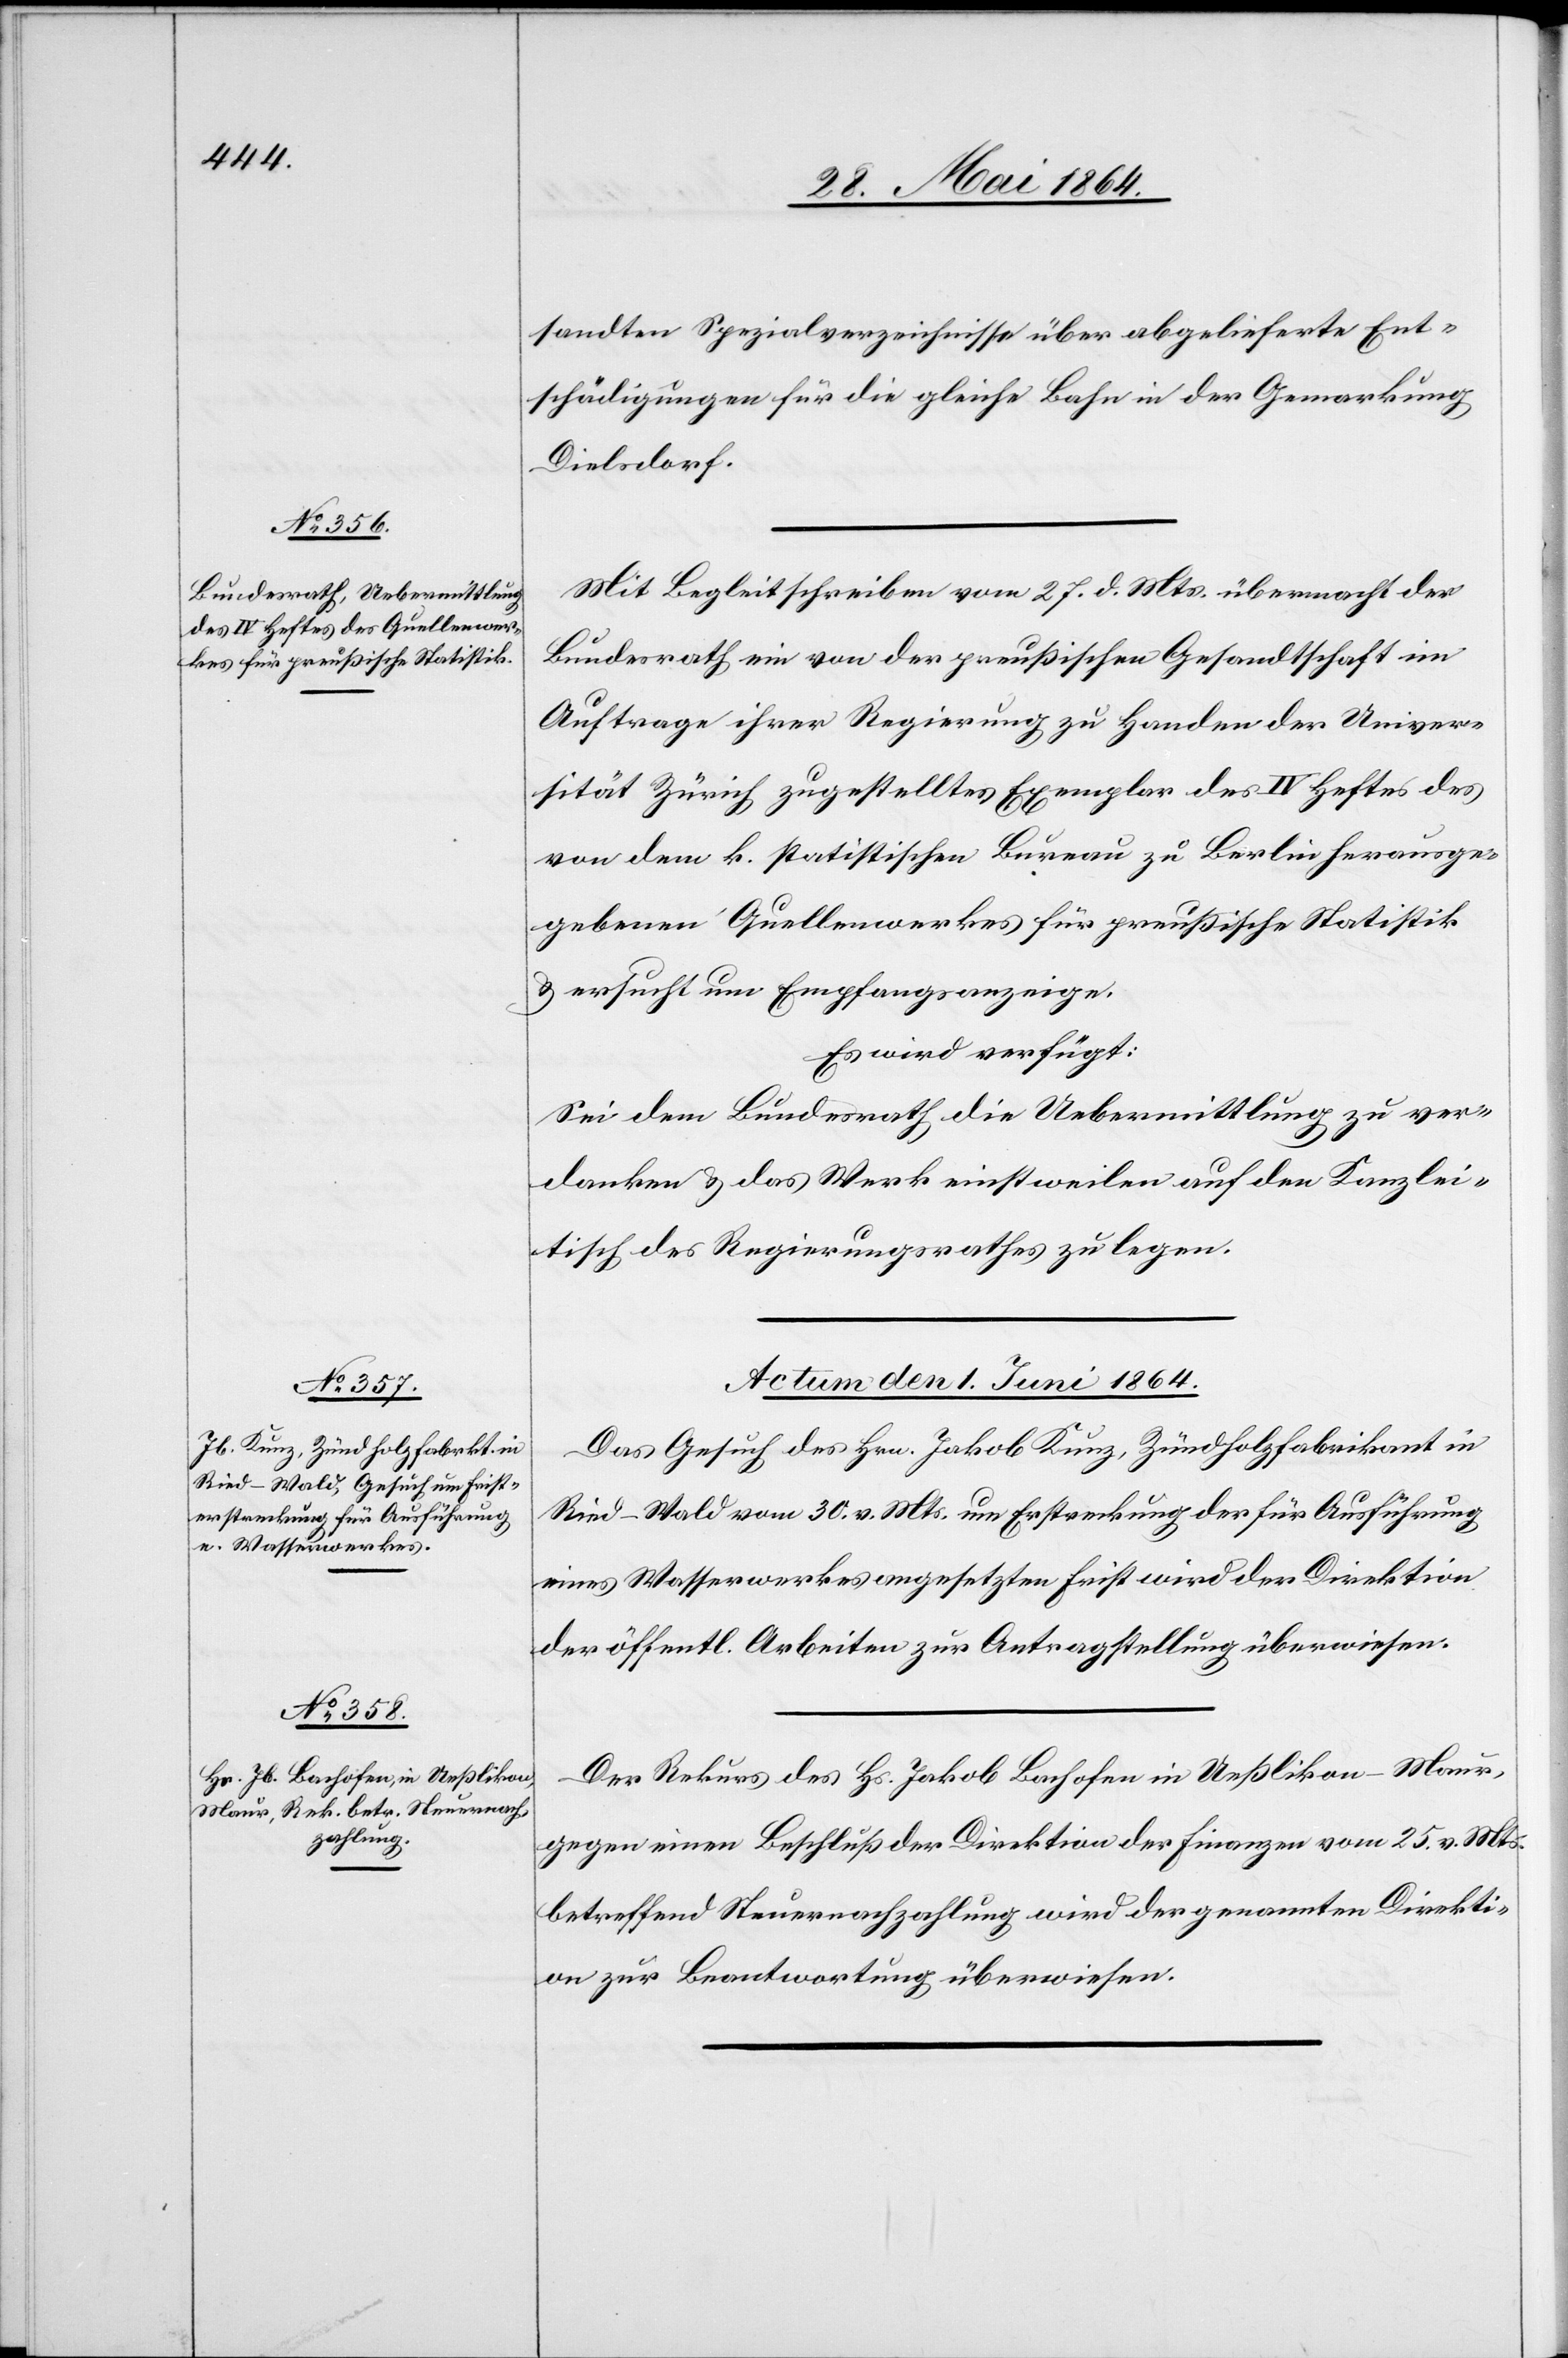
sandten Spezialverzeichnisse über abgelieferte Ent¬
schädigungen für die gleiche Bahn in der Gemarkung
Dielsdorf.
Mit Begleitschreiben vom 27. d. Mts. übermacht der
Bundesrath ein von der preußischen Gesandtschaft im
Auftrage ihrer Regierung zu Handen der Univer¬
sität Zürich zugestelltes Exemplar des IV Heftes des
von dem k. politischen Bureau zu Berlin herausge¬
gebenen Quellenwerkes für preußische Statistik
u. ersucht um Empfangsanzeige.
Es wird verfügt:
Sei dem Bundesrath die Uebermittlung zu ver¬
danken u. das Werk einstweilen auf den Kanzlei¬
tische des Regierungsrathes zu legen.
Actum den 1. Juni 1864.]
Das Gesuch des Hrn. Jakob Kunz, Zündholzfabrikant in
Ried–Wald vom 30. v. Mts. um Erstreckung der für Ausführung
eines Wasserwerkes angesetzten Frist wird der Direktion
der öffentl. Arbeiten zur Antragstellung überwiesen.
Der Rekurs des Hs. Jakob Bachofen in Ueßlikon–Maur,
gegen einen Beschluß der Direktion der Finanzen vom 25. v. Mts.
betreffend Steuernachzahlung wird der genannten Direkti¬
on zur Beantwortung überwiesen.